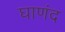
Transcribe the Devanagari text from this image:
घाणंद